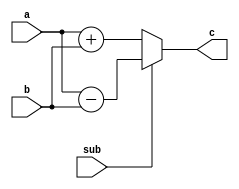
module adder(input[13:0] a, b, output[13:0] c, input sub);
  /*
  always begin
    if(sub == 1'b1) c = a - b;
    else c = a + b;
  end
  */
  assign c = (sub == 1'b1) ? (a - b) : (a + b);
endmodule